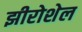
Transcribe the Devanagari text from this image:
झीरोशेल